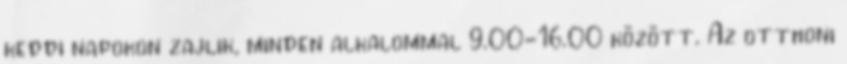
keddi napokon zajlik, minden alkalommal 9.00-16.00 között. Az otthoni